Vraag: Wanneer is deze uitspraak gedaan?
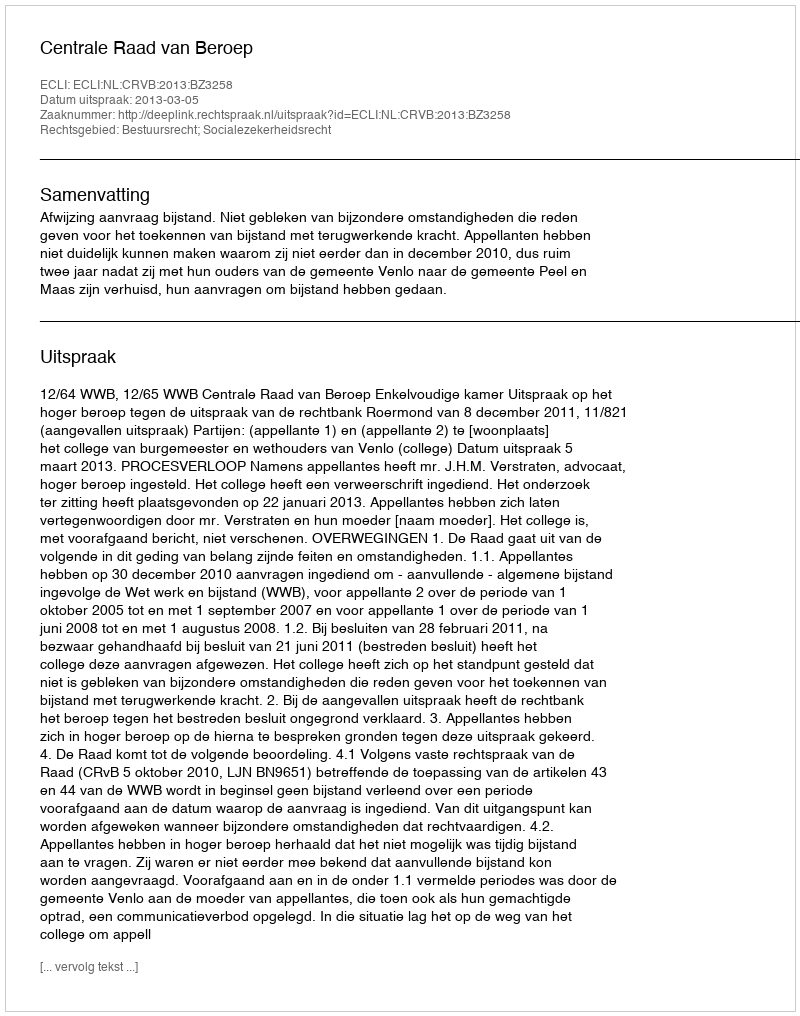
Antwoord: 2013-03-05